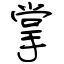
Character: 掌